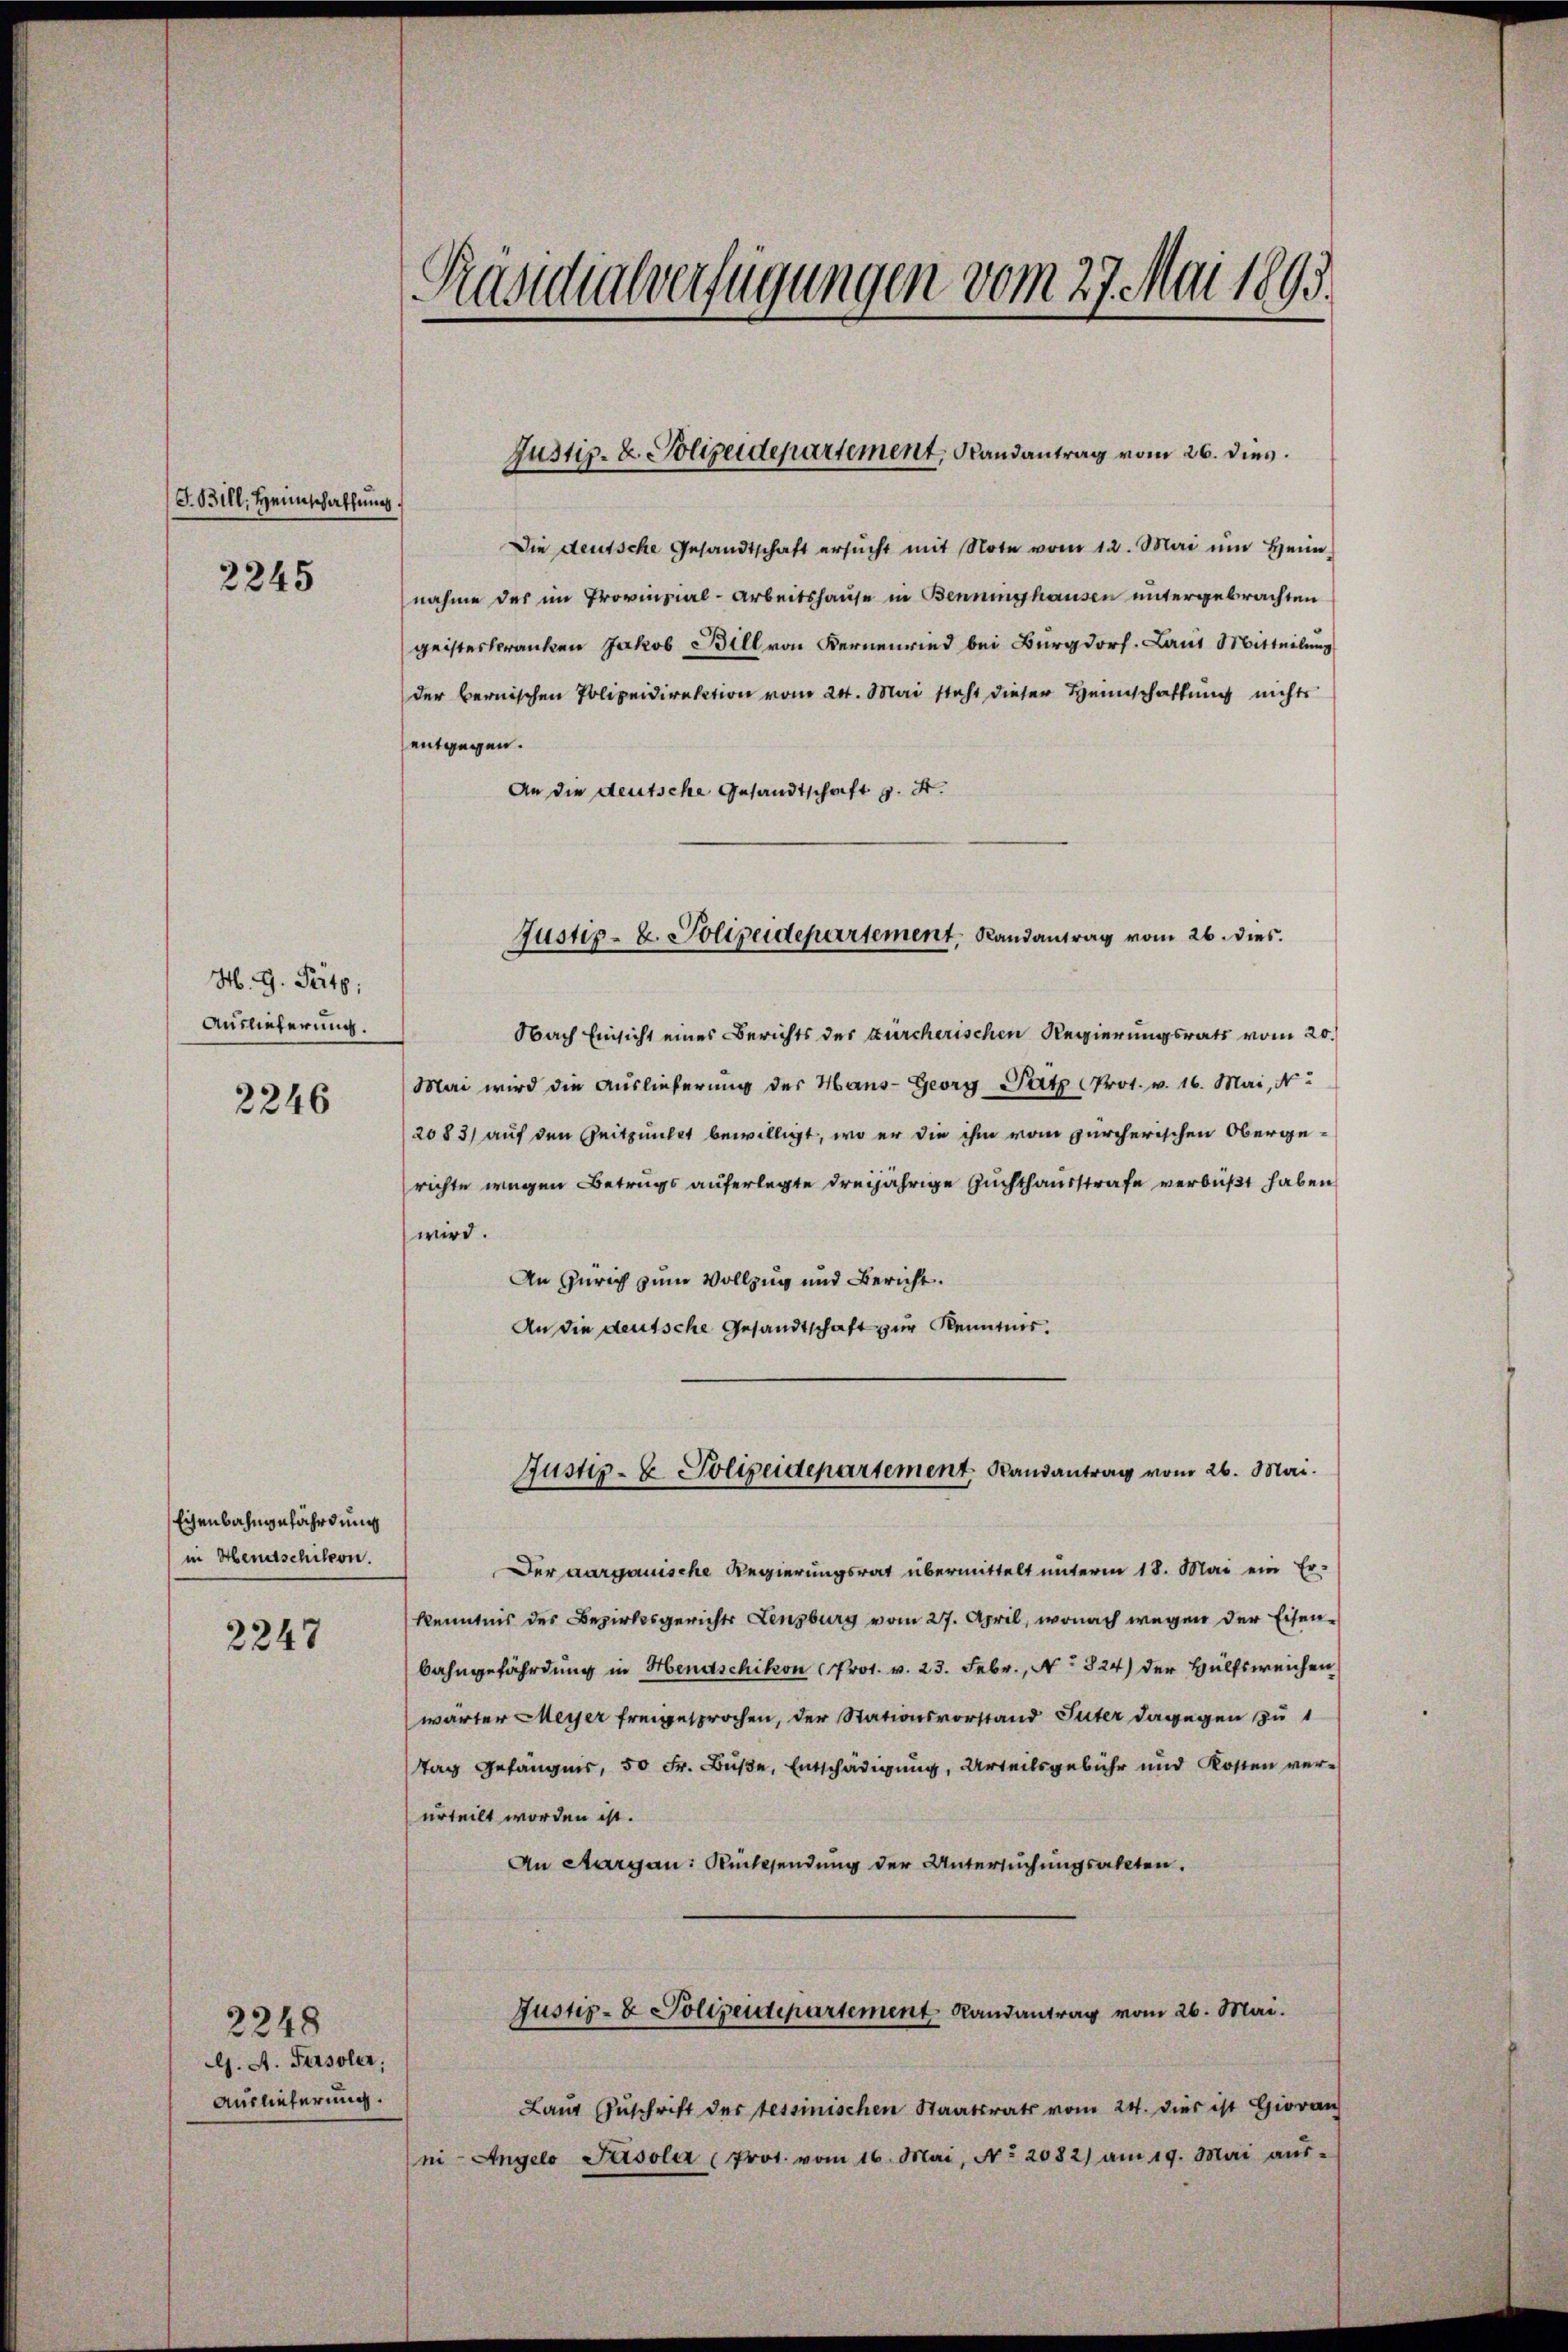
G. Bill, Heimschaffung

2245

M. G. Satz.
Auslieferung.

2246

Eisenbahngefährdung
in Hendschikon.

2247

G. A. Fersoler;
Auslieferung.

2248

Präsidialverfügungen vom 27. Mai 1893.

Justiz- & Polizeidepartement. Randantrag vom 26. dies.

Die deutsche Gesandtschaft ersŭcht mit Note vom 12. Mai ŭm Heim.
nahme des im Provinzial-Arbeitshause in Benningshausen untergebrachten
geisterkranken Jakob Bill von Kernenried bei Burgdorf. Laut Mitteilung
der bernischen Polizeidirektion vom 24. Mai steht dieser Heimschaftung nichts
entgegen.
An die deutsche Gesandtschaft d. 4.
Justiz- u. Polizeidepartement. Randantrag vom 26. dies
Obach Einsicht eines Berichts der zürcherischen Regierungsrats vom 20.
Mai wird die Auslieferung der Haus- Georg Satz Prot. v. 16. Mai, N
2083) auf den Zeitpunkt bewilligt, wo er die ihm vom zürcherischen Oberge-
richte wegen Betrugs auferlegte dreijährige Zuchthausstrafe verbüßt haben
wird.
An Zürich zum Vollzug und Bericht.
An die deutsche Gesandtschaft zur Kenntnis.

Der aargauische Regierungsrat übermittelt unterm 18. Mai ein Er-
kenntnis des Bezirksgerichts Lenzburg vom 27. April, wonach wegen der Eisenbahngefährdung in Henaschikon Prot. v. 23. Febr., No 824) der Hülfsweichen
wärter Meyer freigesprochen, der Stationsvorstand Puter dagegen zu 1
Tag Gefängnis, 50 Fr. Buße, Entschädigung, Urteilsgebühr und Kosten verurteilt worden ist.
An Aargau: Rücksendung der Untersuchungsakten.
Justiz- & Polizeidepartement Randantrag vom 26. Mai.
Laut Zuschrift der tessinischen Staatsrats vom 24. dies ist Hieran
ni- Angelo Pasola (Prot. vom 16. Mai, No. 2082) am 19. Mai aŭs-

Justiz- & Polizeidepartement. Randantrag vom 26. Mai.